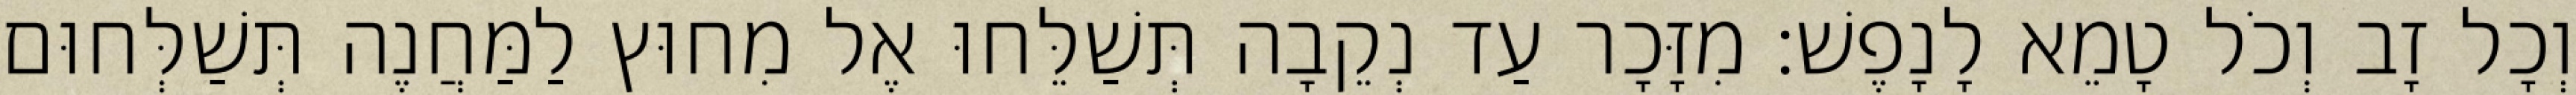
וְכָל זָב וְכֹל טָמֵא לָנָפֶשׁ׃ מִזָּכָר עַד נְקֵבָה תְּשַׁלֵּחוּ אֶל מִחוּץ לַמַּחֲנֶה תְּשַׁלְּחוּם